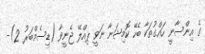
ގެ އިންސާނީ ހައްގުތަކާ ބެހޭ ކޮމިޝަނާ ނަވީ ޕިއްލޭ ޖެނީވާ (ޑިސެމްބަރު 2)-